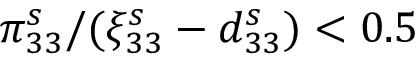
\pi _ { 3 3 } ^ { s } / ( \xi _ { 3 3 } ^ { s } - d _ { 3 3 } ^ { s } ) < 0 . 5